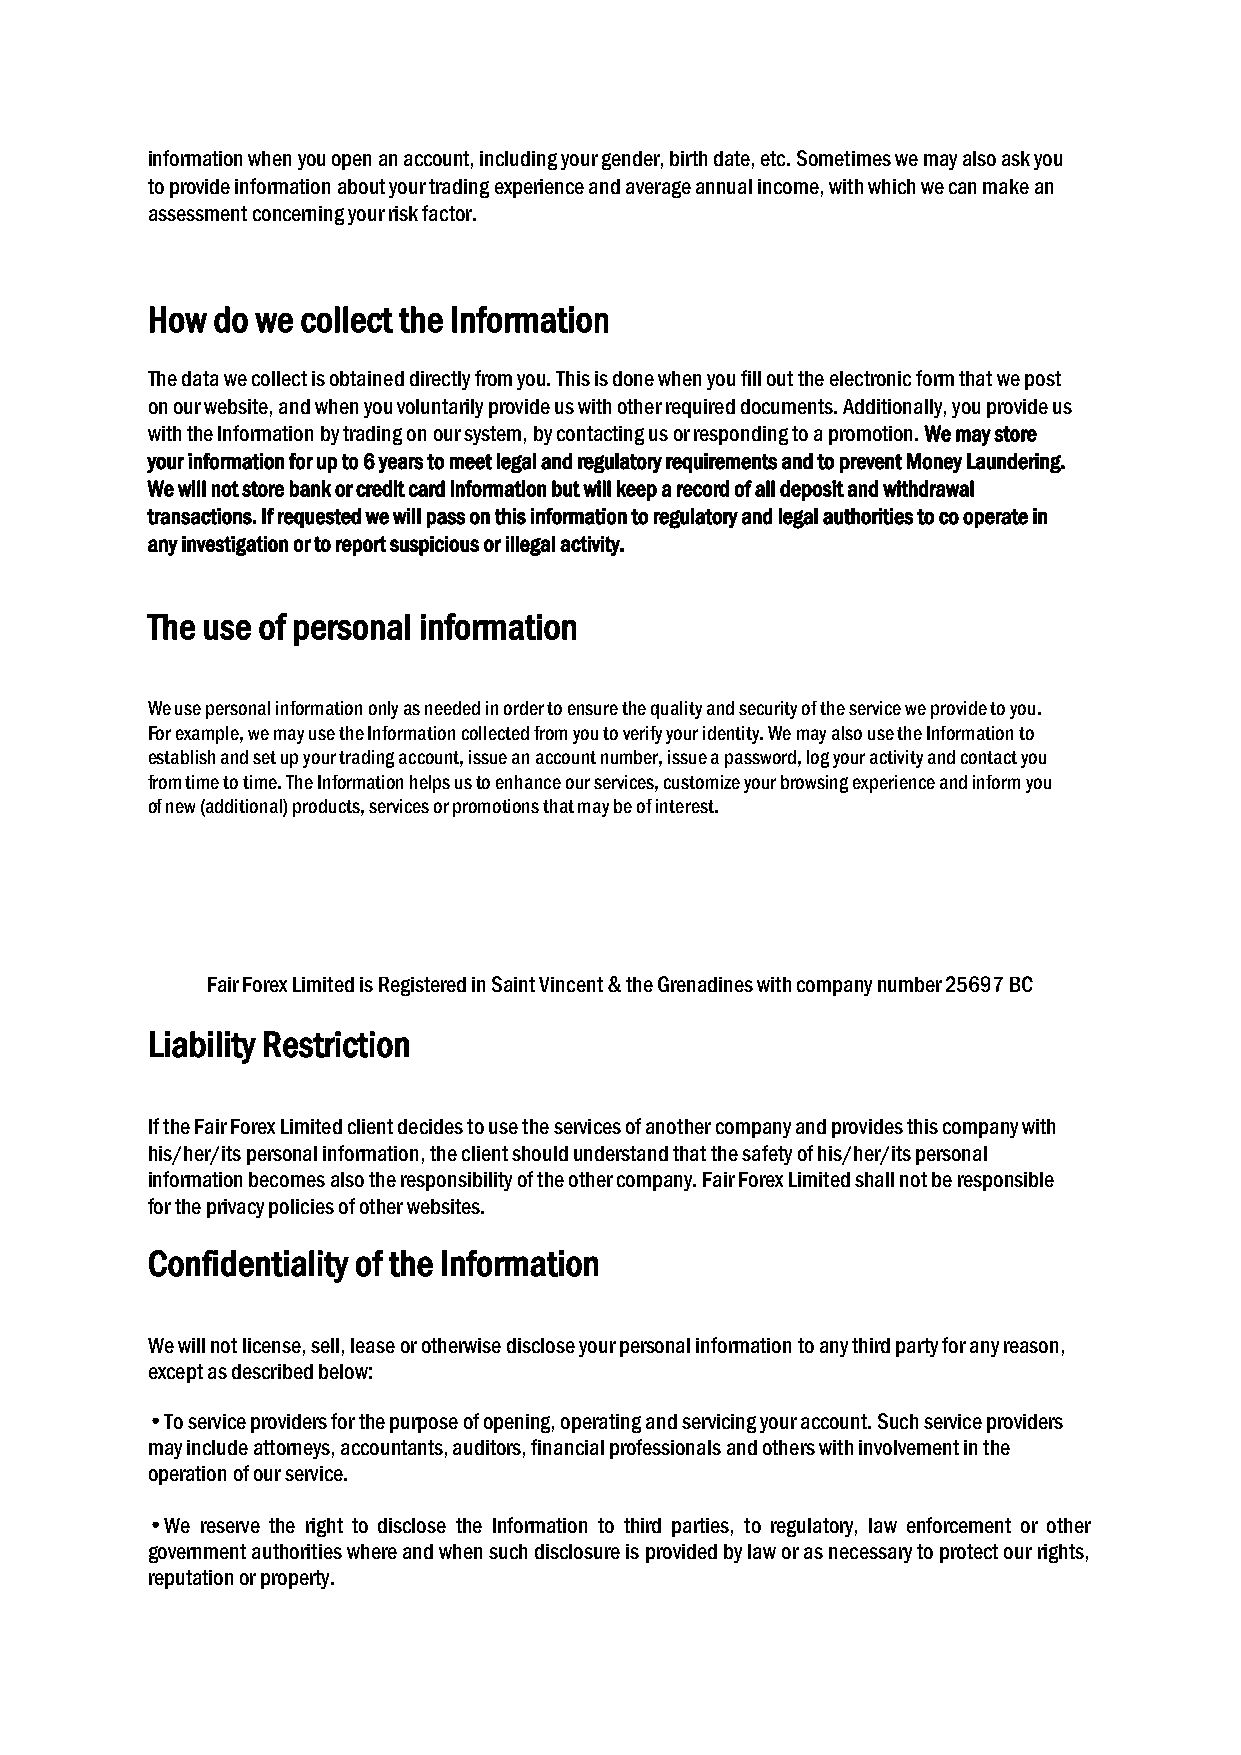
information when you open an account, including your gender, birth date, etc. Sometimes we may also ask you
 to provide information about your trading experience and average annual income, with which we can make an
 assessment concerning your risk factor.
 How do we collect the Information
 The data we collect is obtained directly from you. This is done when you fill out the electronic form that we post
 on our website, and when you voluntarily provide us with other required documents. Additionally, you provide us
 with the Information by trading on our system, by contacting us or responding to a promotion. We may store
 your information for up to 6 years to meet legal and regulatory requirements and to prevent Money Laundering.
 We will not store bank or credit card information but will keep a record of all deposit and withdrawal
 transactions. If requested we will pass on this information to regulatory and legal authorities to co operate in
 any investigation or to report suspicious or illegal activity.
 The use of personal information
 We use personal information only as needed in order to ensure the quality and security of the service we provide to you.
 For example, we may use the Information collected from you to verify your identity. We may also use the Information to
 establish and set up your trading account, issue an account number, issue a password, log your activity and contact you
 from time to time. The Information helps us to enhance our services, customize your browsing experience and inform you
 of new (additional) products, services or promotions that may be of interest.
 Fair Forex Limited is Registered in Saint Vincent & the Grenadines with company number 25697 BC
 Liability Restriction
 If the Fair Forex Limited client decides to use the services of another company and provides this company with
 his/her/its personal information, the client should understand that the safety of his/her/its personal
 information becomes also the responsibility of the other company. Fair Forex Limited shall not be responsible
 for the privacy policies of other websites.
 Confidentiality of the Information
 We will not license, sell, lease or otherwise disclose your personal information to any third party for any reason,
 except as described below:
 • To service providers for the purpose of opening, operating and servicing your account. Such service providers
 may include attorneys, accountants, auditors, financial professionals and others with involvement in the
 operation of our service.
 • We reserve the right to disclose the Information to third parties, to regulatory, law enforcement or other
 government authorities where and when such disclosure is provided by law or as necessary to protect our rights,
 reputation or property.